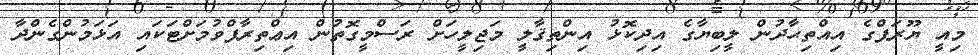
މިއީ ޔޫރަޕްގެ އިއްތިޙާދުން ލީބިޔާގެ އިދިކޮޅު އިންތިޤާލީ މަޖިލީހަށް ރަސްމީގޮތުން އިޢްތިރާފްވުމަށްޓަކައި އަޅަމުންގެންދާ